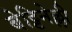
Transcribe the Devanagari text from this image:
बेट्टिनेल्ली